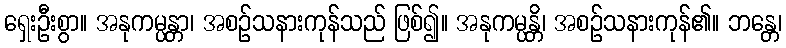
ရှေးဦးစွာ။ အနုကမ္ပန္တာ၊ အစဉ်သနားကုန်သည် ဖြစ်၍။ အနုကမ္ပန္တိ၊ အစဉ်သနားကုန်၏။ ဘန္တေ၊